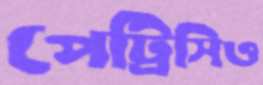
পেট্রিসিও